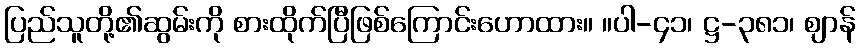
ပြည်သူတို့၏ဆွမ်းကို စားထိုက်ပြီဖြစ်ကြောင်းဟောထား။ ။ပါ-၄၁၊ ဋ္ဌ-၃၈၁၊ ဈာန်